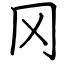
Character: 冈